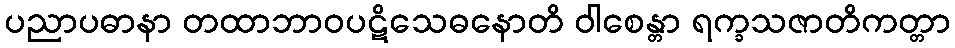
ပညာပဓာနာ တထာဘာဝပဋိသေဓနောတိ ဝါစေန္တာ ရက္ခသဇာတိကတ္တာ